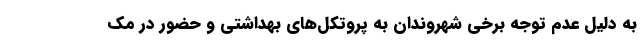
به دلیل عدم توجه برخی شهروندان به پروتکل‌های بهداشتی و حضور در مک